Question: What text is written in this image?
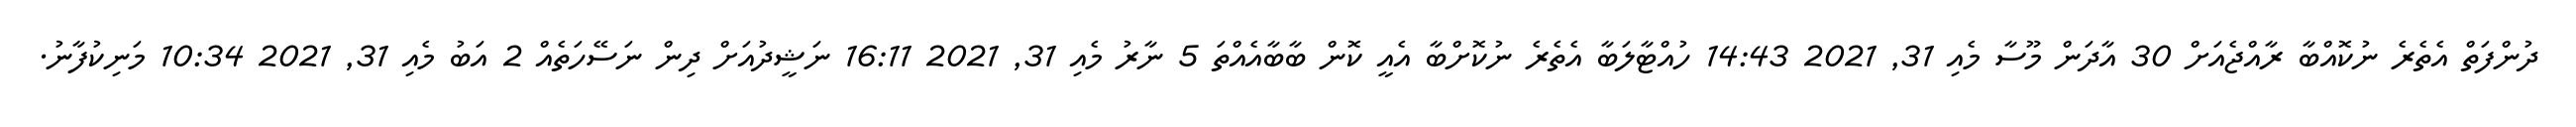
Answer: ދުންފަތް އެތެރެ ނުކޮއްބާ ރާއްޖެއަށް 30 އާދަން މޫސާ މެއި 31, 2021 14:43 ހުއްޓާލަބާ އެތެރެ ނުކޮށްބާ އެއީ ކޮން ބާބާއެއްތަ 5 ނާރު މެއި 31, 2021 16:11 ނަޝީދުއަށް ދިން ނަސޭހަތެއް 2 އަބު މެއި 31, 2021 10:34 މަނިކުފާނު.